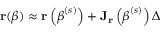
\mathbf { r } ( { \boldsymbol { \beta } } ) \approx \mathbf { r } \left( { \boldsymbol { \beta } } ^ { ( s ) } \right) + \mathbf { J _ { r } } \left( { \boldsymbol { \beta } } ^ { ( s ) } \right) \Delta